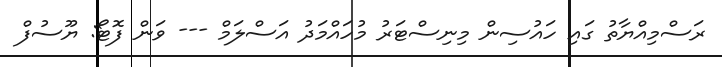
ރަސްމިއްޔާތު ގައި ހައުސިން މިނިސްޓަރު މުހައްމަދު އަސްލަމް --- ވަން ފޮޓޯ: ޔޫސުފް